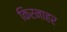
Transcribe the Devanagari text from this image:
किरनाहर